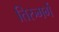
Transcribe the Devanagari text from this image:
तिरुमर्ग